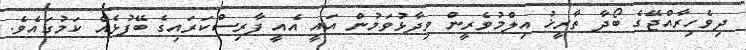
ދިވެހިރާއްޖޭގެ ބޯދާ ތާރީޚު އިލްމުވެރީން ވިދާޅުވަމުން އައީ އެއީ ފާރިސްކަރައިގެ ބޭފުޅެއް ކަމުގައެވެ.